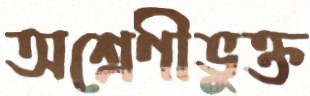
অশ্রেণীভুক্ত